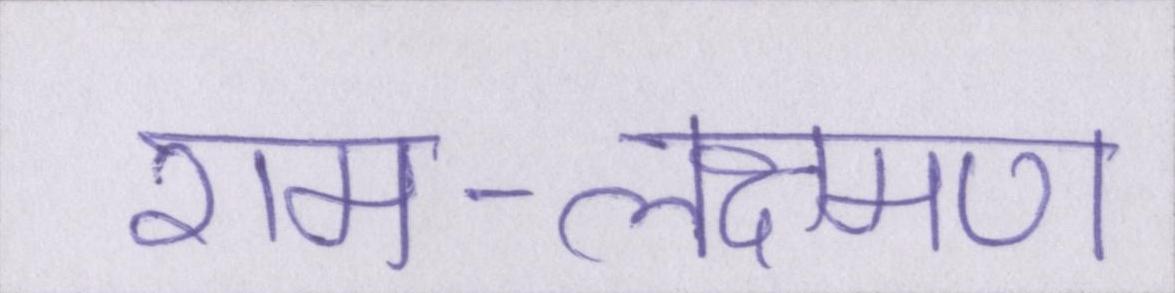
राम-लक्ष्मण